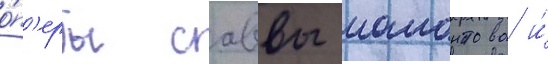
о́п'еры саввы мамонтова и́